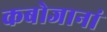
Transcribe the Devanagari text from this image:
कबोजानां